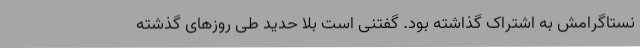
نستاگرامش به اشتراک گذاشته بود. گفتنی است بلا حدید طی روزهای گذشته